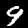
Label: 9